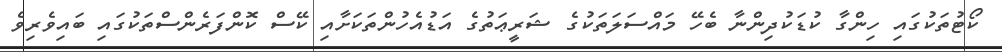
ކޯޓުތަކުގައި ހިންގާ ކުޑަކުދިންނާ ބެހޭ މައްސަލަތަކުގެ ޝަރީޢަތުގެ އަޑުއެހުންތަކަށާއި ކޭސް ކޮންފަރެންސްތަކުގައި ބައިވެރިވެ